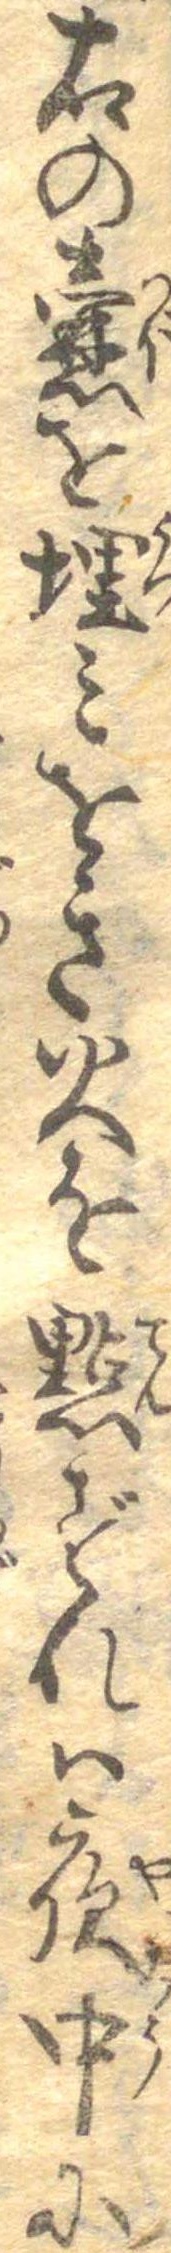
右の壼を埋みをき火を点ずれは夜中に